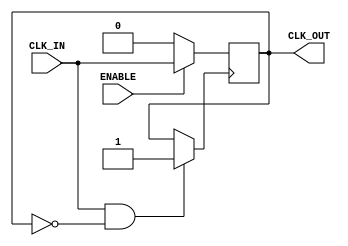
module ClockBuffer (
    input  wire    CLK_IN,        // Input clock signal
    input  wire    ENABLE,        // Enable signal to control output
    output wire    CLK_OUT         // Output clock signal
);
    
    // Parameter for configurable drive strength, can be adjusted based on the technology
    parameter DRIVE_STRENGTH = 1'b1; // Default drive strength (example)
    
    // Internal signal for clock buffering
    reg clk_buffered;
    
    // Propagation delay parameters (these might represent your design constraints)
    parameter MIN_PROP_DELAY = 1;                       // Minimum propagation delay
    parameter MAX_PROP_DELAY = 5;                       // Maximum propagation delay

    // Input hysteresis logic (simple placeholder - actual hysteresis may depend on technology)
    wire clk_hyst = (CLK_IN && !clk_buffered) ? 1'b1 : clk_buffered;

    // Combinatorial logic for driving output
    always @(posedge clk_hyst) begin
        if (ENABLE) begin
            // Assuming a basic power scaling based on supply levels can cause different drive_strengths
            #MIN_PROP_DELAY clk_buffered <= CLK_IN;      // Buffering with certain delay
        end else begin
            // When disabled, output driven low
            #MIN_PROP_DELAY clk_buffered <= 1'b0;
        end
    end
    
    // Assign output with modulated drive strength
    assign CLK_OUT = (DRIVE_STRENGTH) ? clk_buffered : 1'b0;

endmodule